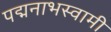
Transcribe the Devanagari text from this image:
पद्मनाभस्‍वामी